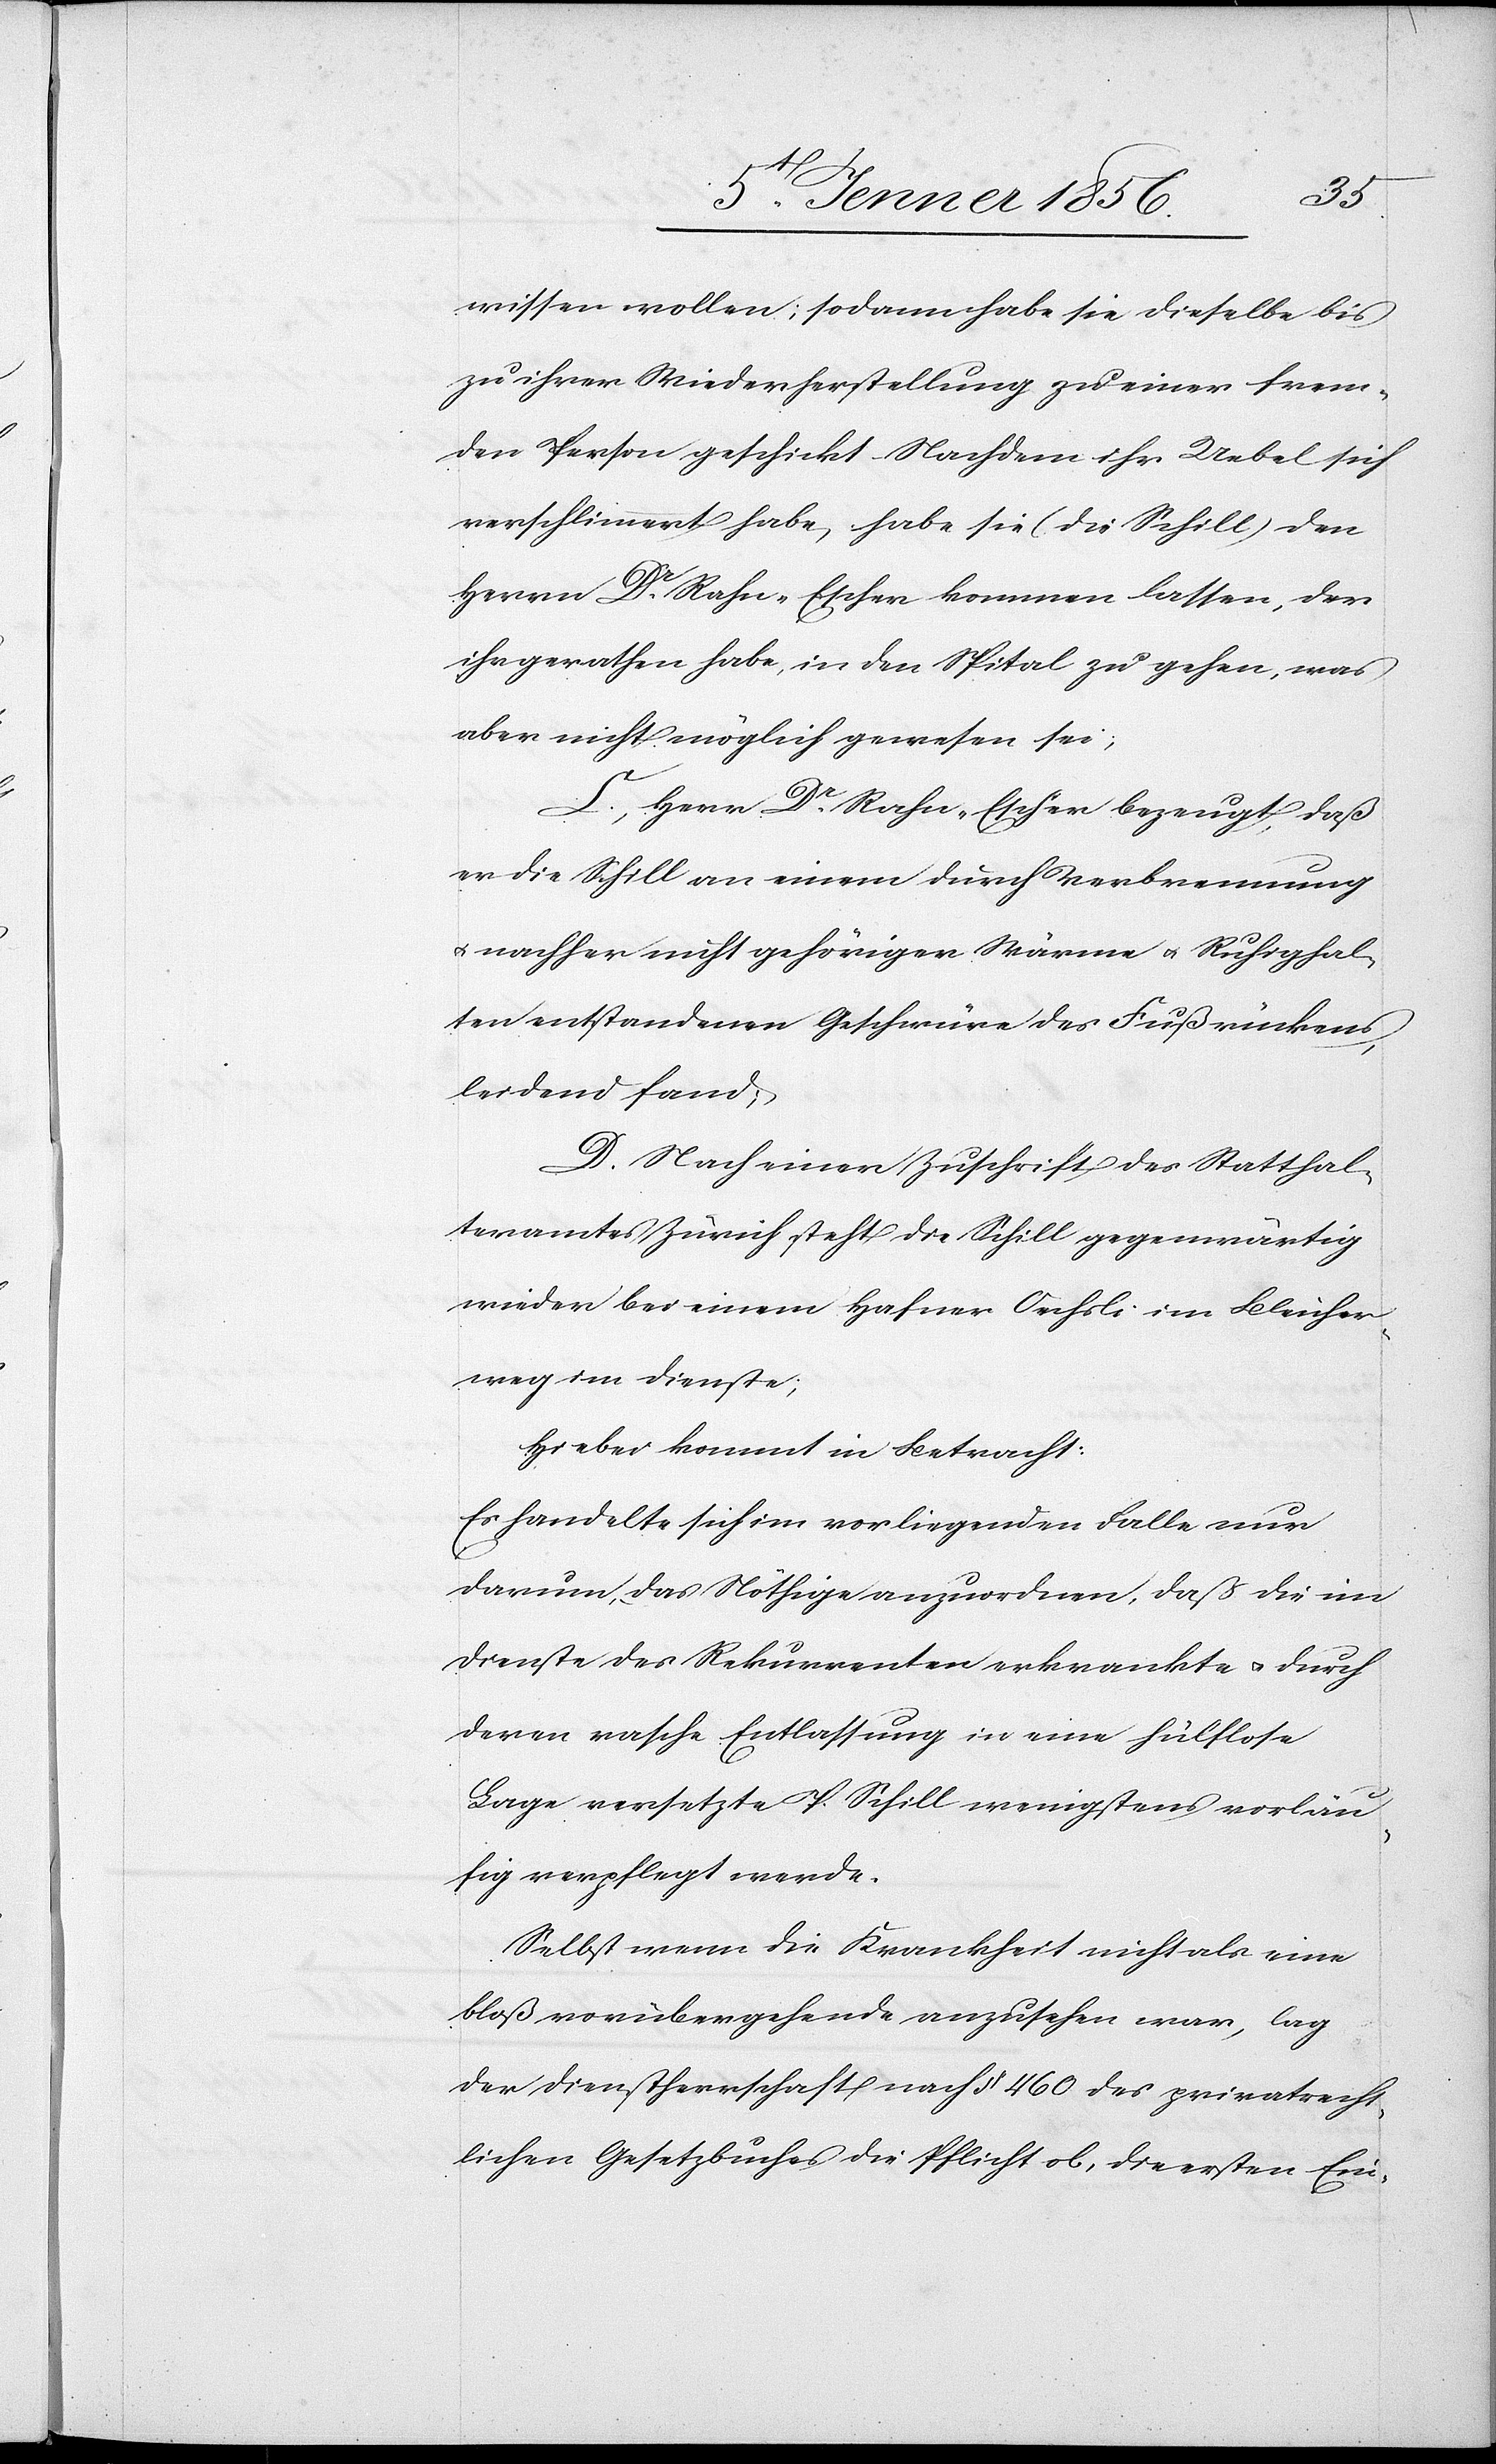
wissen wollen; sodann habe sie dieselbe bis
zu ihrer Wiederherstellung zu einer frem¬
den Person geschickt. Nachdem ihr Uebel sich
verschlimmert habe, habe sie (die Schill) den
Herrn Dr. Rahn-Escher kommen lassen, der
ihr gerathen habe, in den Spital zu gehen, was
aber nicht möglich gewesen sei;
C., Herr Dr. Rahn-Escher bezeugt, daß
er die Schill an einem durch Verbrennung
u. nachher nicht gehöriger Wärme u. Ruhighal¬
ten entstandenen Geschwüre des Fußrückens
leidend fand;
D. Nach einer Zuschrift des Statthal¬
teramtes Zürich steht die Schill gegenwärtig
wieder bei einem Hafner Oechsli im Bleicher¬
weg im Dienste;
Hiebei kommt in Betracht:
Es handelte sich im vorliegenden Falle nur
darum, das Nöthige anzuordnen, daß die im
Dienste des Rekurrenten erkrankte u. durch
deren rasche Entlassung in eine hülflose
Lage versetzte P. Schill wenigstens vorläu¬
fig verpflegt werde.
Selbst wenn die Krankheit nicht als eine
bloß vorübergehende anzusehen war, lag
der Dienstherrschaft nach § 460 des privatrecht¬
lichen Gesetzbuches die Pflicht ob, die ersten Ein-